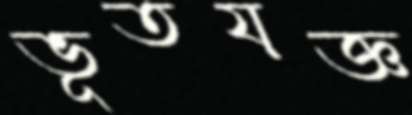
ভূতযজ্ঞ